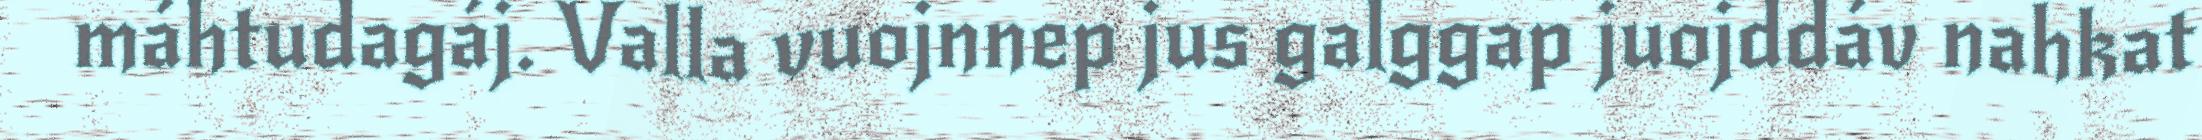
máhtudagáj. Valla vuojnnep jus galggap juojddáv nahkat